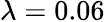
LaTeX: \lambda=0.06